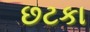
છટકા